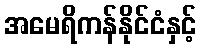
အမေရိကန်နိုင်ငံနှင့်